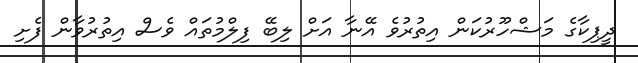
ދީޕިކާގެ މަޝްހޫރުކަން އިތުރުވެ އޭނާ އަށް ލިބޭ ފިލްމުތައް ވެސް އިތުރުވާން ފެށި